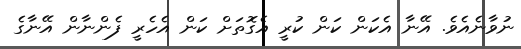
ނުވާނެއެވެ. އޭނާ އެކަން ކަން ކުރީ އެގޮތަށް ކަން އެހެރީ ފެންނާން އޭނާގެ